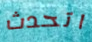
اتحدث